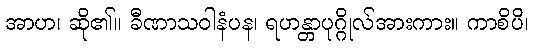
အာဟ၊ ဆို၏။ ခီဏာသဝါနံပန၊ ရဟန္တာပုဂ္ဂိုလ်အားကား။ ကာစိပိ၊